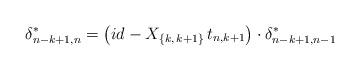
LaTeX: \begin{align*}{\delta^*_{n-k+1,n}} = \left(id-X_{\{k,\,k+1\}}\, t_{n,k+1}\right)\cdot {\delta^*_{n-k+1,n-1}}\end{align*}